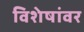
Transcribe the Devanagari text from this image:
विशेषांवर